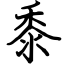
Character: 黍